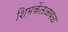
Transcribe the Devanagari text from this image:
शिमकेंतजवळ